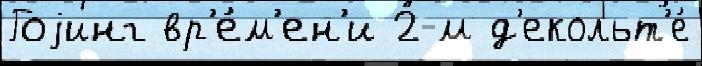
Гоjинг вр'е́м'ен'и 2-м д'екольт'е́